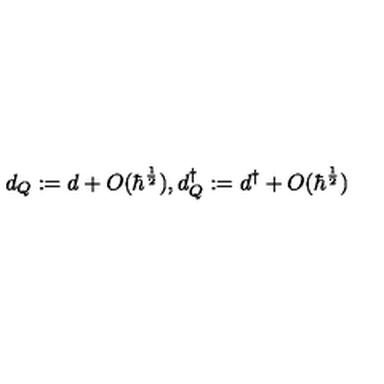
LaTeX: d _ { Q } : = d + O ( \hbar ^ { \frac { 1 } { 2 } } ) , d _ { Q } ^ { \dagger } : = d ^ { \dagger } + O ( \hbar ^ { \frac { 1 } { 2 } } )